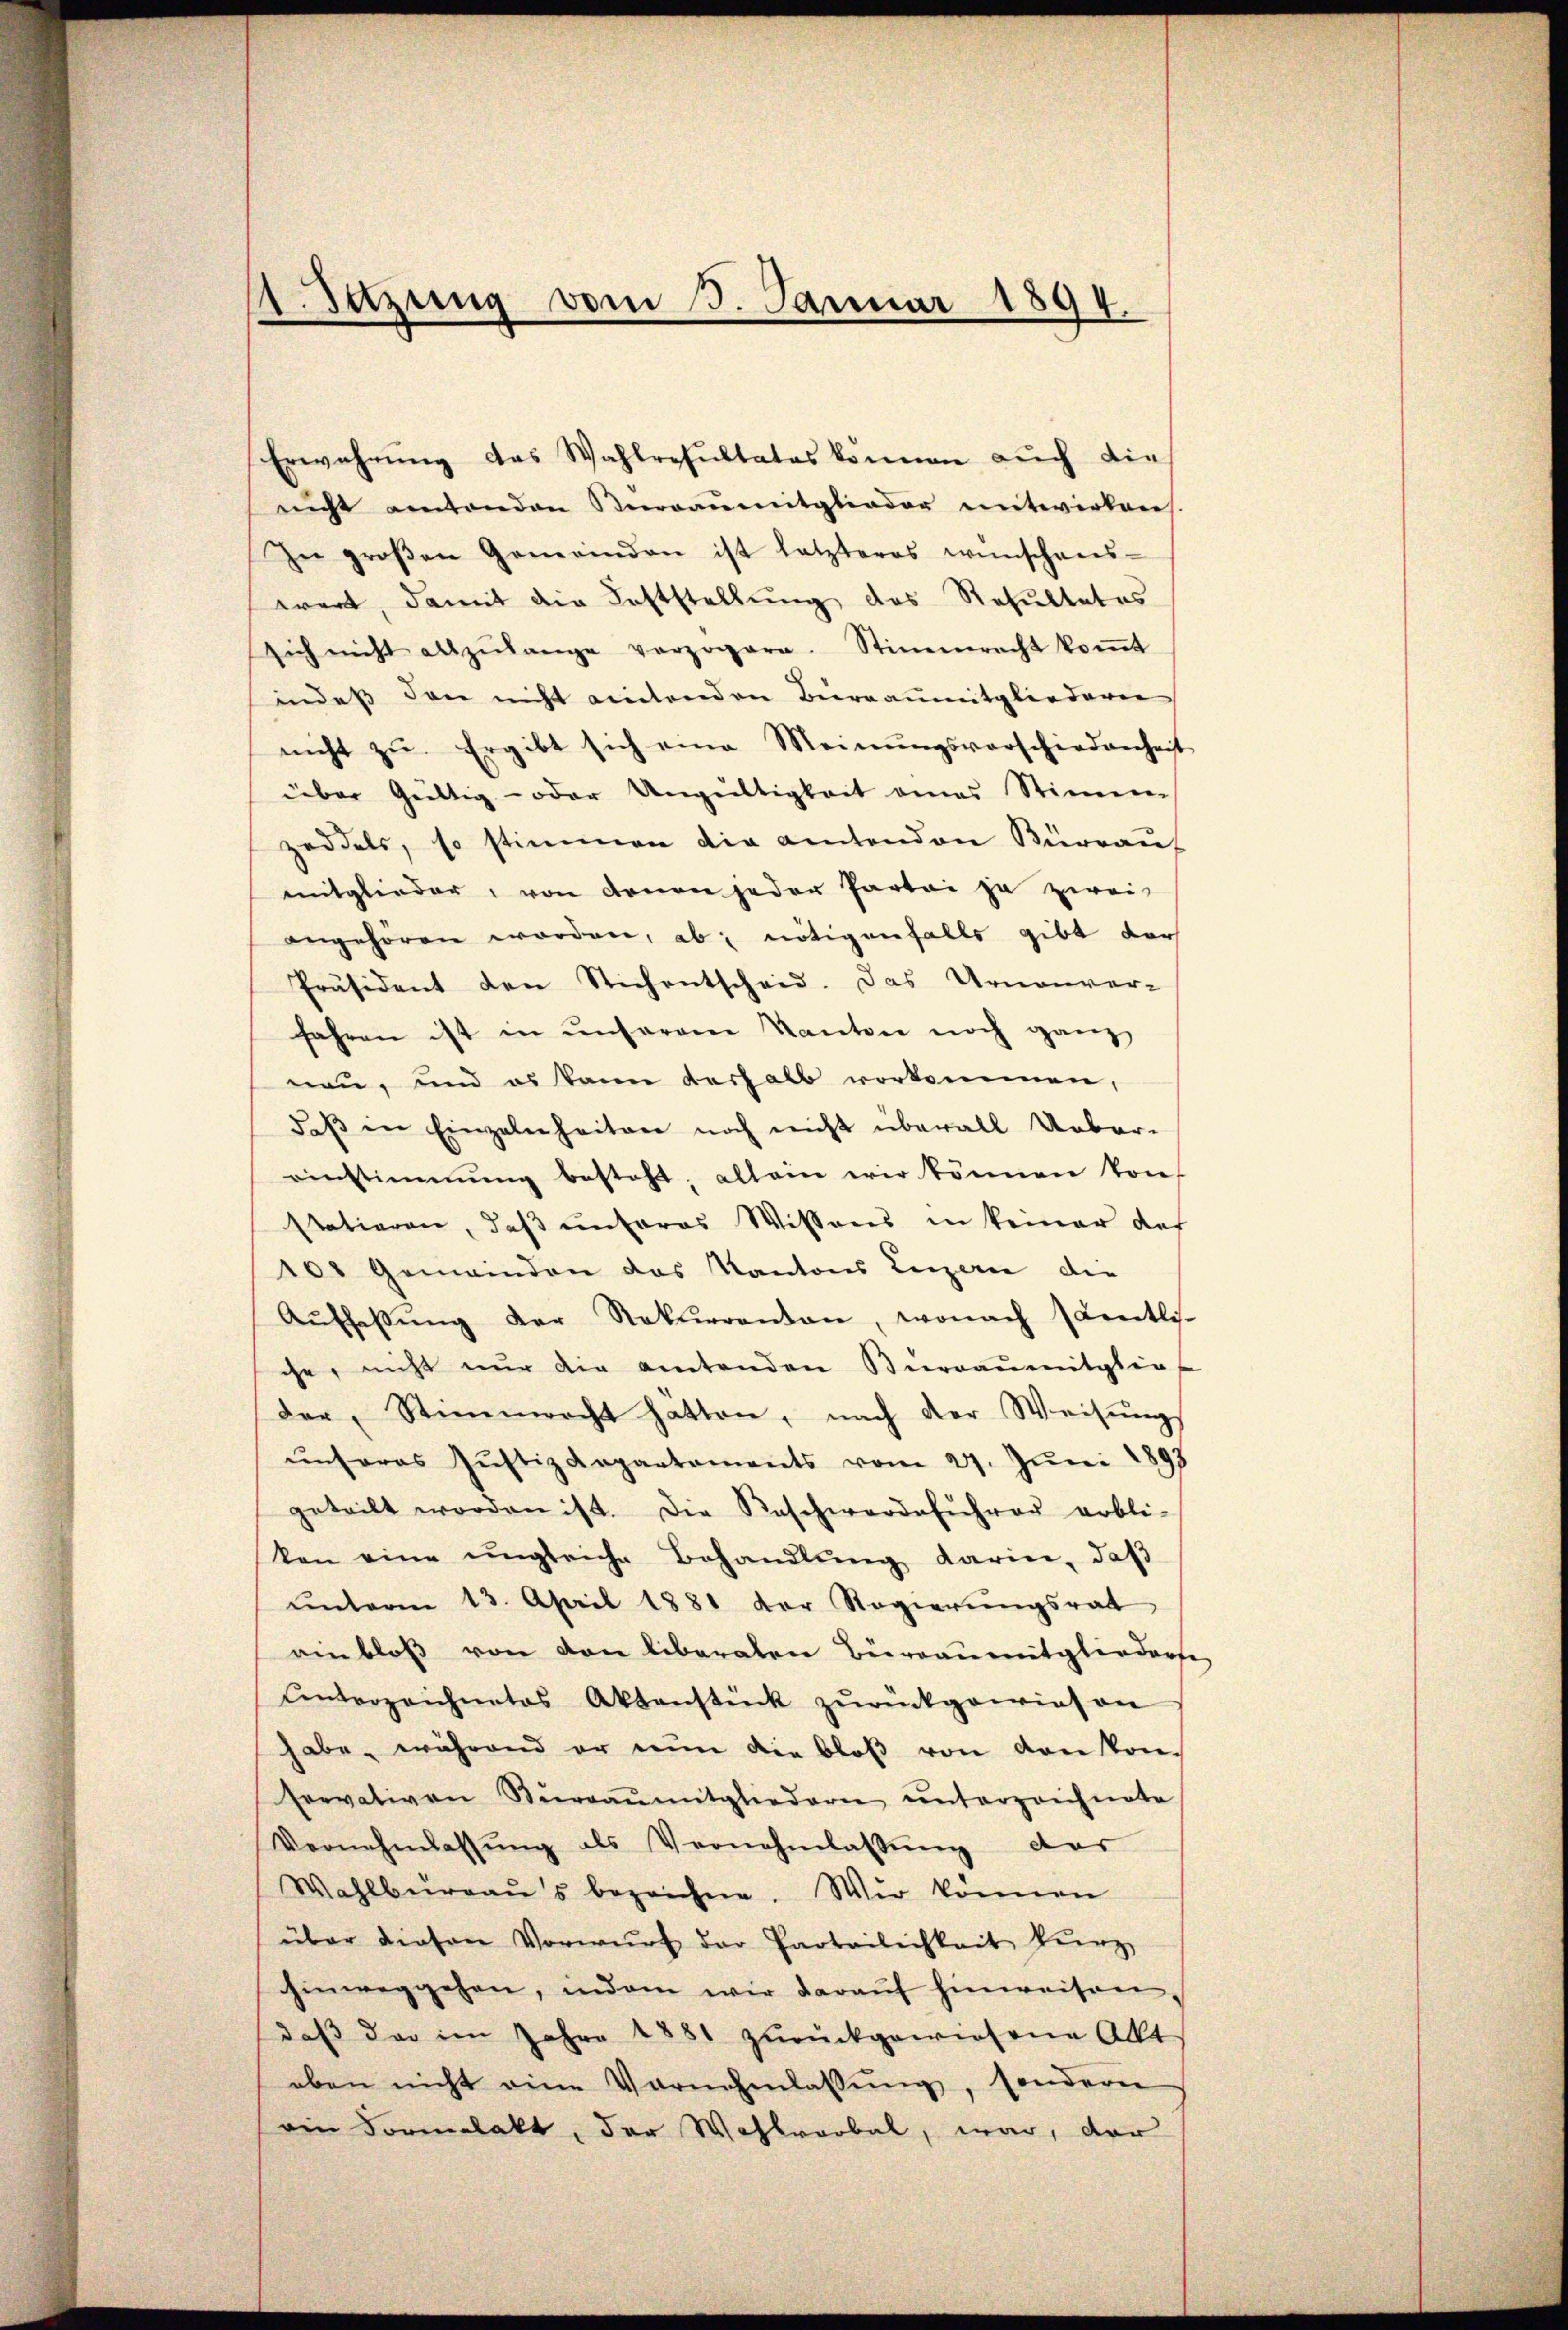
Erwahrŭng das Wahlresultates können aŭch die
nicht antenden Veranmitglieder mitwirken.
In groβen Gemeinden ist letzteres wünschens-
wart, damit die Feststellung des Resultates
sich nicht alszŭlange verzögere. Stimmrecht koṁt
indeß den nicht eintenden Bierranmitgliederen
nicht zu. Ergibt sich eine Meinŭngsvorschiedenheit
über Gültig- oder Ungültigkeit eines Stimm
zeddels, so stimmen die amtenden Bürraus
mitglieder, von denen jeder Partei ja zwei
angehören worden, ab nötigenfalls gibt der
Präsident den Stichentscheid. Das Urnenver-
fahren ist in unserem Kanton noch ganz
nen, und es kann deshalb vorkommen,
daβ in Einzelnheiten noch nicht überall Urbar-
einstimmung besteht, allein wir können konf
statieren, daß unteres Wissens in keiner des
100 Gemeinden das Kantons Luzern die
Aŭfhaβŭng der Rekurrenten, wonach sentli-
che, nicht nur die amtenden Büreaŭmitglie
der Stimmrecht hätten, nach der Weisungs
ŭnseres Jŭstizdepartements vom 27. Jŭni 1893
geteilt worden ist. Die Reschwerdeführer erbli-
kon eine ungleiche Behandlŭng darin, daß
ŭnterm 13. April 1881 der Regierŭngsrat
einbloß von von liberaten Bürranmitgliederse
Unterzeichnetes Aktenstück zŭrückgewiesen
habe, während er nun die bloβ von von kon
servativen Stŭraŭmitgliedern ŭnterzeichnete
Vernehmlassŭng als Vernehmlassŭng das
Wahlbüraŭs bezeichne. Wir können
über diesen Vorwurf der Parteilichkeit kurz
hinweggehen, indem wir darauf hinweisen
daß da im Jahre 1881 zurückgewiesene Akt
oben nicht eine Vornehmlassŭng, sondern
ein Formelakt, der Wahlverbal, war, der

1. Setzung vom 3. Januar 1894.